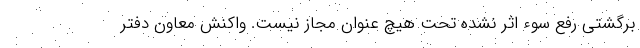
برگشتی رفع سوء اثر نشده تحت هیچ عنوان مجاز نیست. واکنش معاون دفتر